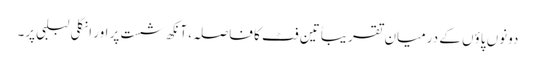
دونوں پاؤں کے درمیان تقریباً تین فٹ کا فاصلہ، آنکھ شست پر اور انگلی لبلبی پر۔